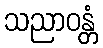
သညာဝန္တံ